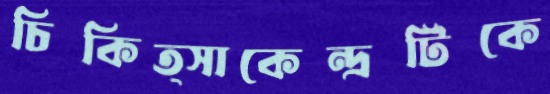
চিকিত্সাকেন্দ্রটিকে